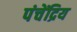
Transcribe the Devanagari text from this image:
पंचेंद्रिय